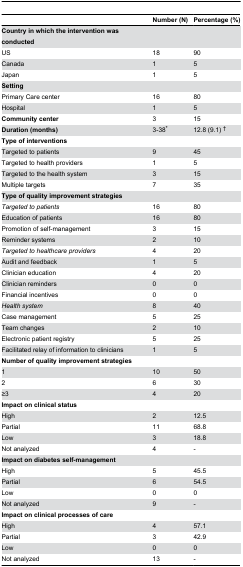
<table><thead><tr><td></td><td><b>Number (N)</b></td><td><b>Percentage (%)</b></td></tr></thead><tbody><tr><td><b>Country in which the intervention was conducted</b></td><td></td><td></td></tr><tr><td>US</td><td>18</td><td>90</td></tr><tr><td>Canada</td><td>1</td><td>5</td></tr><tr><td>Japan</td><td>1</td><td>5</td></tr><tr><td><b>Setting</b></td><td></td><td></td></tr><tr><td>Primary Care center</td><td>16</td><td>80</td></tr><tr><td>Hospital</td><td>1</td><td>5</td></tr><tr><td><b>Community center</b></td><td>3</td><td>15</td></tr><tr><td><b>Duration (months)</b></td><td>3-38*</td><td>12.8 (9.1) †</td></tr><tr><td><b>Type of interventions</b></td><td></td><td></td></tr><tr><td>Targeted to patients</td><td>9</td><td>45</td></tr><tr><td>Targeted to health providers</td><td>1</td><td>5</td></tr><tr><td>Targeted to the health system</td><td>3</td><td>15</td></tr><tr><td>Multiple targets</td><td>7</td><td>35</td></tr><tr><td><b>Type of quality improvement strategies</b></td><td></td><td></td></tr><tr><td><i>Targeted to patients</i></td><td>16</td><td>80</td></tr><tr><td>Education of patients</td><td>16</td><td>80</td></tr><tr><td>Promotion of self-management</td><td>3</td><td>15</td></tr><tr><td>Reminder systems</td><td>2</td><td>10</td></tr><tr><td><i>Targeted to healthcare providers</i></td><td>4</td><td>20</td></tr><tr><td>Audit and feedback</td><td>1</td><td>5</td></tr><tr><td>Clinician education</td><td>4</td><td>20</td></tr><tr><td>Clinician reminders</td><td>0</td><td>0</td></tr><tr><td>Financial incentives</td><td>0</td><td>0</td></tr><tr><td><i>Health system</i></td><td>8</td><td>40</td></tr><tr><td>Case management</td><td>5</td><td>25</td></tr><tr><td>Team changes</td><td>2</td><td>10</td></tr><tr><td>Electronic patient registry</td><td>5</td><td>25</td></tr><tr><td>Facilitated relay of information to clinicians</td><td>1</td><td>5</td></tr><tr><td><b>Number of quality improvement strategies</b></td><td></td><td></td></tr><tr><td>1</td><td>10</td><td>50</td></tr><tr><td>2</td><td>6</td><td>30</td></tr><tr><td>≥3</td><td>4</td><td>20</td></tr><tr><td><b>Impact on clinical status</b></td><td></td><td></td></tr><tr><td>High </td><td>2</td><td>12.5</td></tr><tr><td>Partial </td><td>11</td><td>68.8</td></tr><tr><td>Low </td><td>3</td><td>18.8</td></tr><tr><td>Not analyzed</td><td>4</td><td>-</td></tr><tr><td><b>Impact on diabetes self-management</b></td><td></td><td></td></tr><tr><td>High </td><td>5</td><td>45.5</td></tr><tr><td>Partial </td><td>6</td><td>54.5</td></tr><tr><td>Low </td><td>0</td><td>0</td></tr><tr><td>Not analyzed</td><td>9</td><td>-</td></tr><tr><td colspan="2"><b>Impact on clinical processes of care</b></td><td></td></tr><tr><td>High </td><td>4</td><td>57.1</td></tr><tr><td>Partial </td><td>3</td><td>42.9</td></tr><tr><td>Low </td><td>0</td><td>0</td></tr><tr><td>Not analyzed</td><td>13</td><td>-</td></tr></tbody></table>